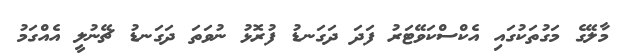
މާލޭގެ މަގުތަކުގައި އެކްސްކަވޭޓަރު ފަދަ ދަގަނޑު ފުރޮޅު ނުވަތަ ދަގަނޑު ޗޭނުލީ އެއްގަމު